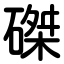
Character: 磔